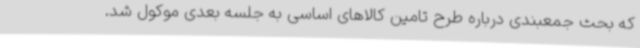
که بحث جمعبندی درباره طرح تامین کالاهای اساسی به جلسه بعدی موکول شد.